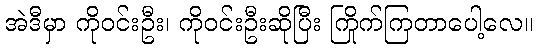
အဲဒီမှာ ကိုဝင်းဦး၊ ကိုဝင်းဦးဆိုပြီး ကြိုက်ကြတာပေါ့လေ။